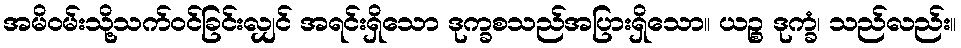
အမိဝမ်းသို့သက်ဝင်ခြင်းလျှင် အရင်းရှိသော ဒုက္ခစသည်အပြားရှိသော။ ယဉ္စ ဒုက္ခံ၊ သည်လည်း။